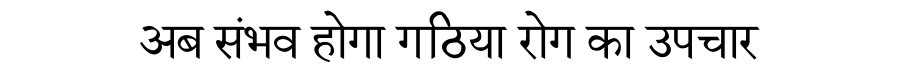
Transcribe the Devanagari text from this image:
अब संभव होगा गठिया रोग का उपचार